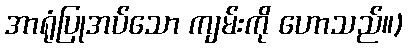
အာရုံပြုအပ်သော ကျမ်းကို ဟောသည်။)